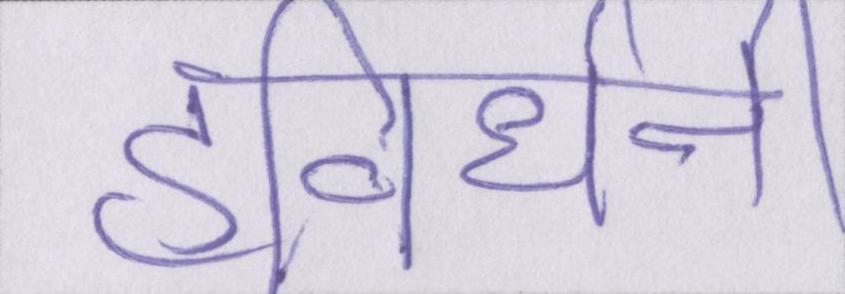
हविर्धनी